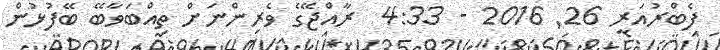
ފެބްރުއަރީ 26